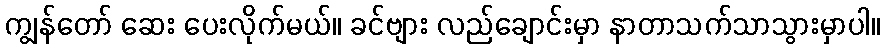
ကျွန်တော် ဆေး ပေးလိုက်မယ်။ ခင်ဗျား လည်ချောင်းမှာ နာတာသက်သာသွားမှာပါ။